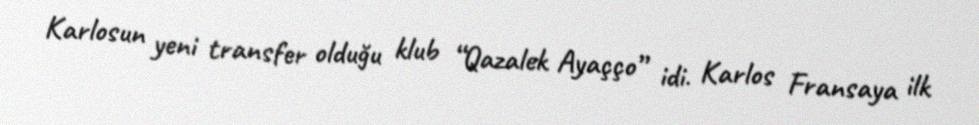
Karlosun yeni transfer olduğu klub “Qazalek Ayaçço” idi. Karlos Fransaya ilk